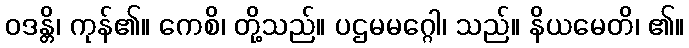
ဝဒန္တိ၊ ကုန်၏။ ကေစိ၊ တို့သည်။ ပဌမမဂ္ဂေါ၊ သည်။ နိယမေတိ၊ ၏။